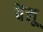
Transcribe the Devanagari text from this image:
वैलू